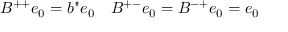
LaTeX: B ^ { + + } e _ { 0 } = b " e _ { 0 } \quad B ^ { + - } e _ { 0 } = B ^ { - + } e _ { 0 } = e _ { 0 }